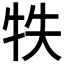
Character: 𤙈